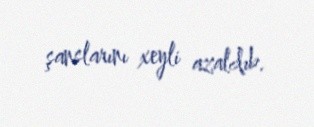
şanslarını xeyli azaldıb.